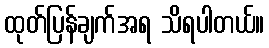
ထုတ်ပြန်ချက်အရ သိရပါတယ်။